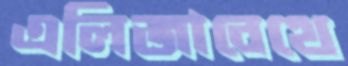
এলিজাবেথে